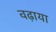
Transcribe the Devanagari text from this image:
वढ़ाया